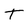
Character: t